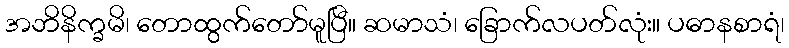
အဘိနိက္ခမိ၊ တောထွက်တော်မူပြီ။ ဆမာသံ၊ ခြောက်လပတ်လုံး။ ပဓာနစာရံ၊